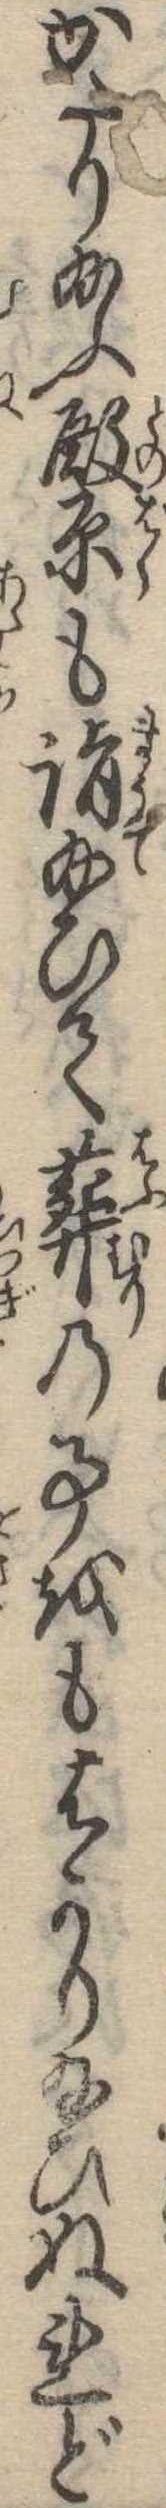
かたり給ふ殿原も詣給ひて葬の事をもはかり給ひぬれど